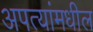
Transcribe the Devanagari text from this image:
अपत्यांमधील